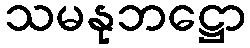
သမနုဘဋ္ဌော